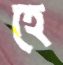
হে